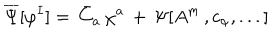
\overline { { \Psi } } [ \varphi ^ { I } ] = \, \bar { C } _ { a } \, \chi ^ { a } \, + \, \Psi [ A ^ { m } \, , c _ { \alpha } , . . . ]